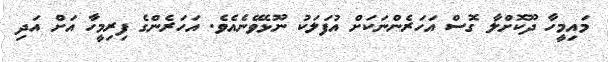
މައިމީހާ ދޫކޮށްލާ ގޮސް އަހަރެންނަަކަށް އުފަލަކު ނޫޅެވޭނެއެވެ. އަހަރެންގެ ފިރިމީހާ އަށް އަދި